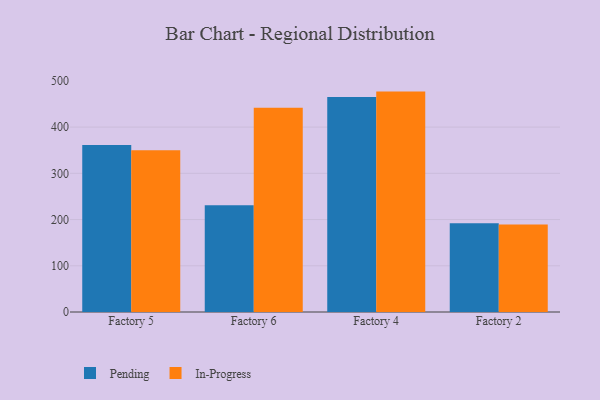
{"axis": {"x": "Factory", "y": "Active Users"}, "legend": ["In-Progress", "Pending"], "data": [{"x": "Factory 5", "y": 361.2, "type": "Pending"}, {"x": "Factory 5", "y": 349.7, "type": "In-Progress"}, {"x": "Factory 6", "y": 231.1, "type": "Pending"}, {"x": "Factory 6", "y": 442.1, "type": "In-Progress"}, {"x": "Factory 4", "y": 465.0, "type": "Pending"}, {"x": "Factory 4", "y": 476.8, "type": "In-Progress"}, {"x": "Factory 2", "y": 191.8, "type": "Pending"}, {"x": "Factory 2", "y": 189.2, "type": "In-Progress"}]}